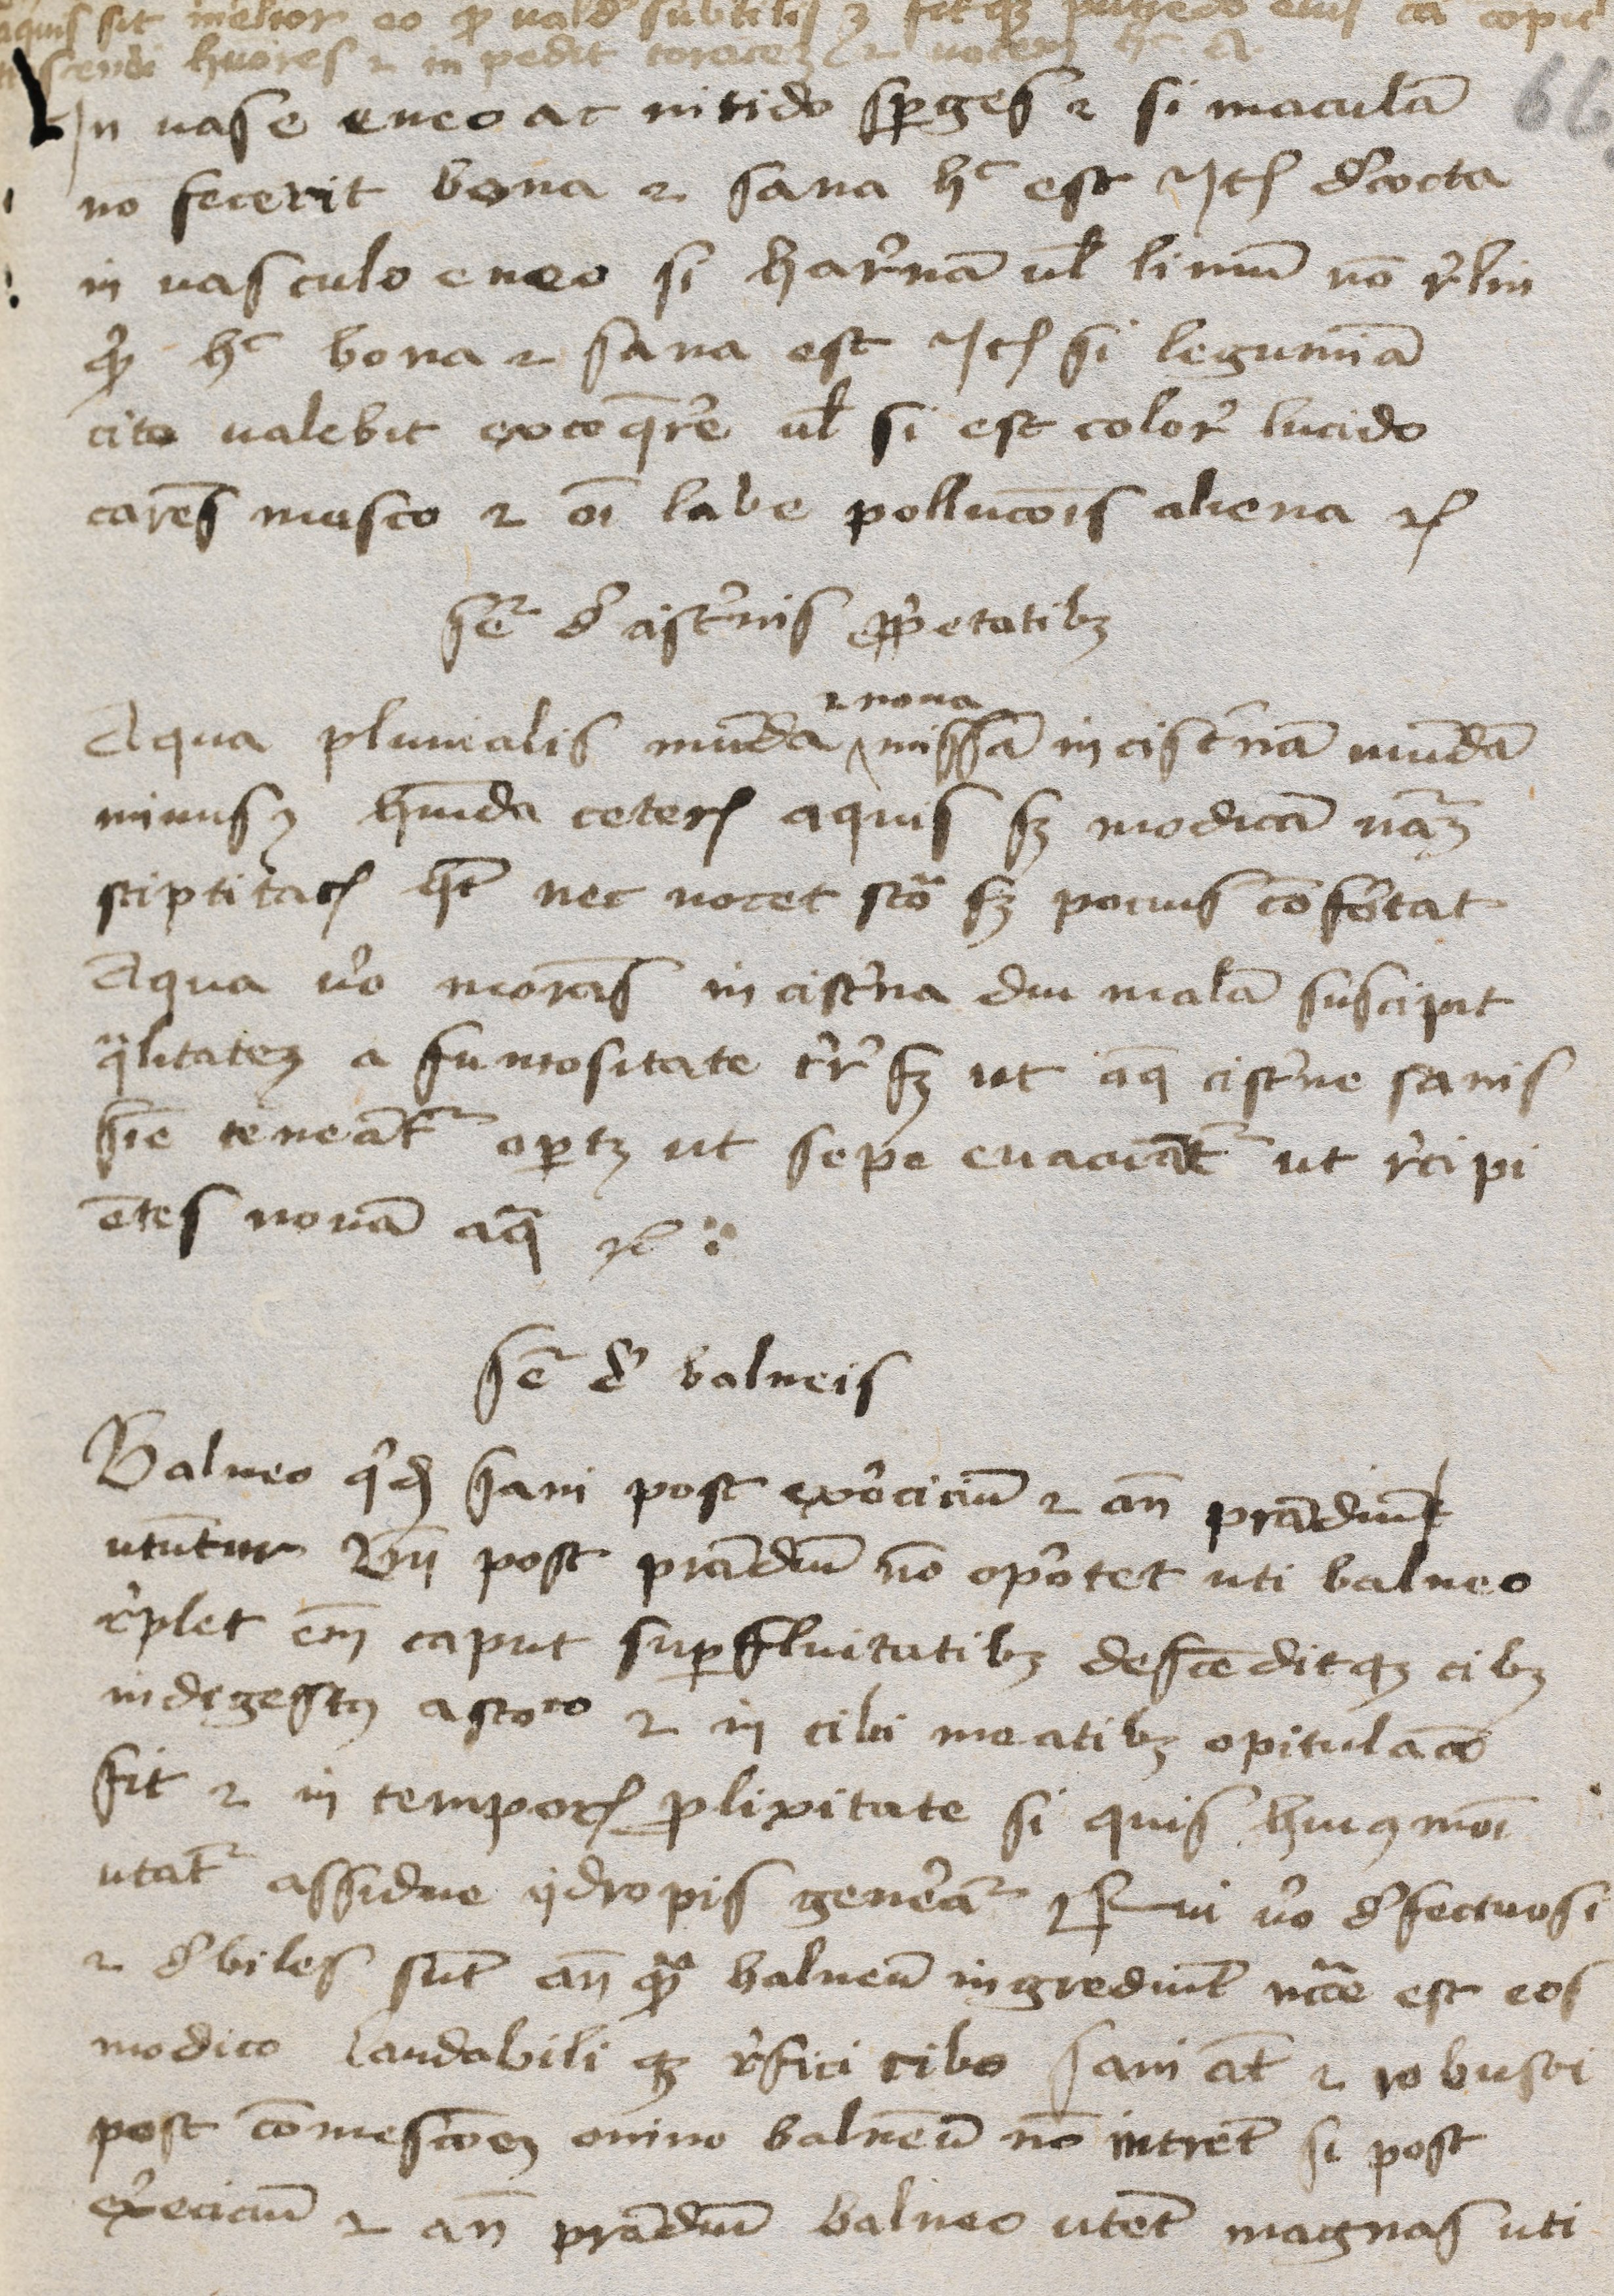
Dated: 1400–1424